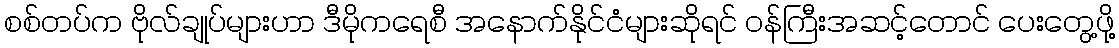
စစ်တပ်က ဗိုလ်ချုပ်များဟာ ဒီမိုကရေစီ အနောက်နိုင်ငံများဆိုရင် ဝန်ကြီးအဆင့်တောင် ပေးတွေ့ဖို့